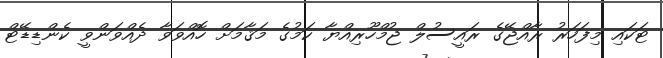
ޓަކައި މިފަހަރު ރާއްޖޭގެ ރައީސުލް ޖުމްހޫރިއްޔާ ކަމުގެ މަޤާމަށް ހޮއްވަވާ ދެއްވަންވީ ކެންޑިޑޭޓް